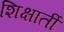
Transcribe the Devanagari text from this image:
शिक्षार्ती